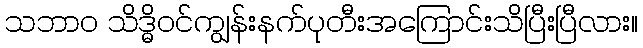
သဘာ၀ သိဒ္ဓိဝင်ကျွန်းနက်ပုတီးအကြောင်းသိပြီးပြီလား။